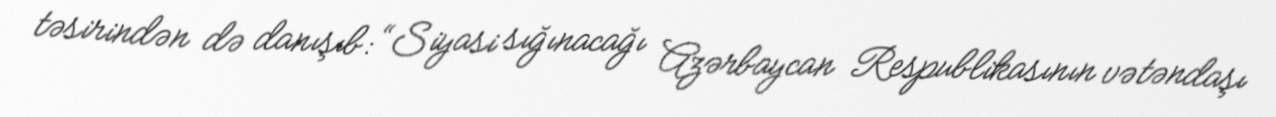
təsirindən də danışıb: “Siyasi sığınacağı Azərbaycan Respublikasının vətəndaşı